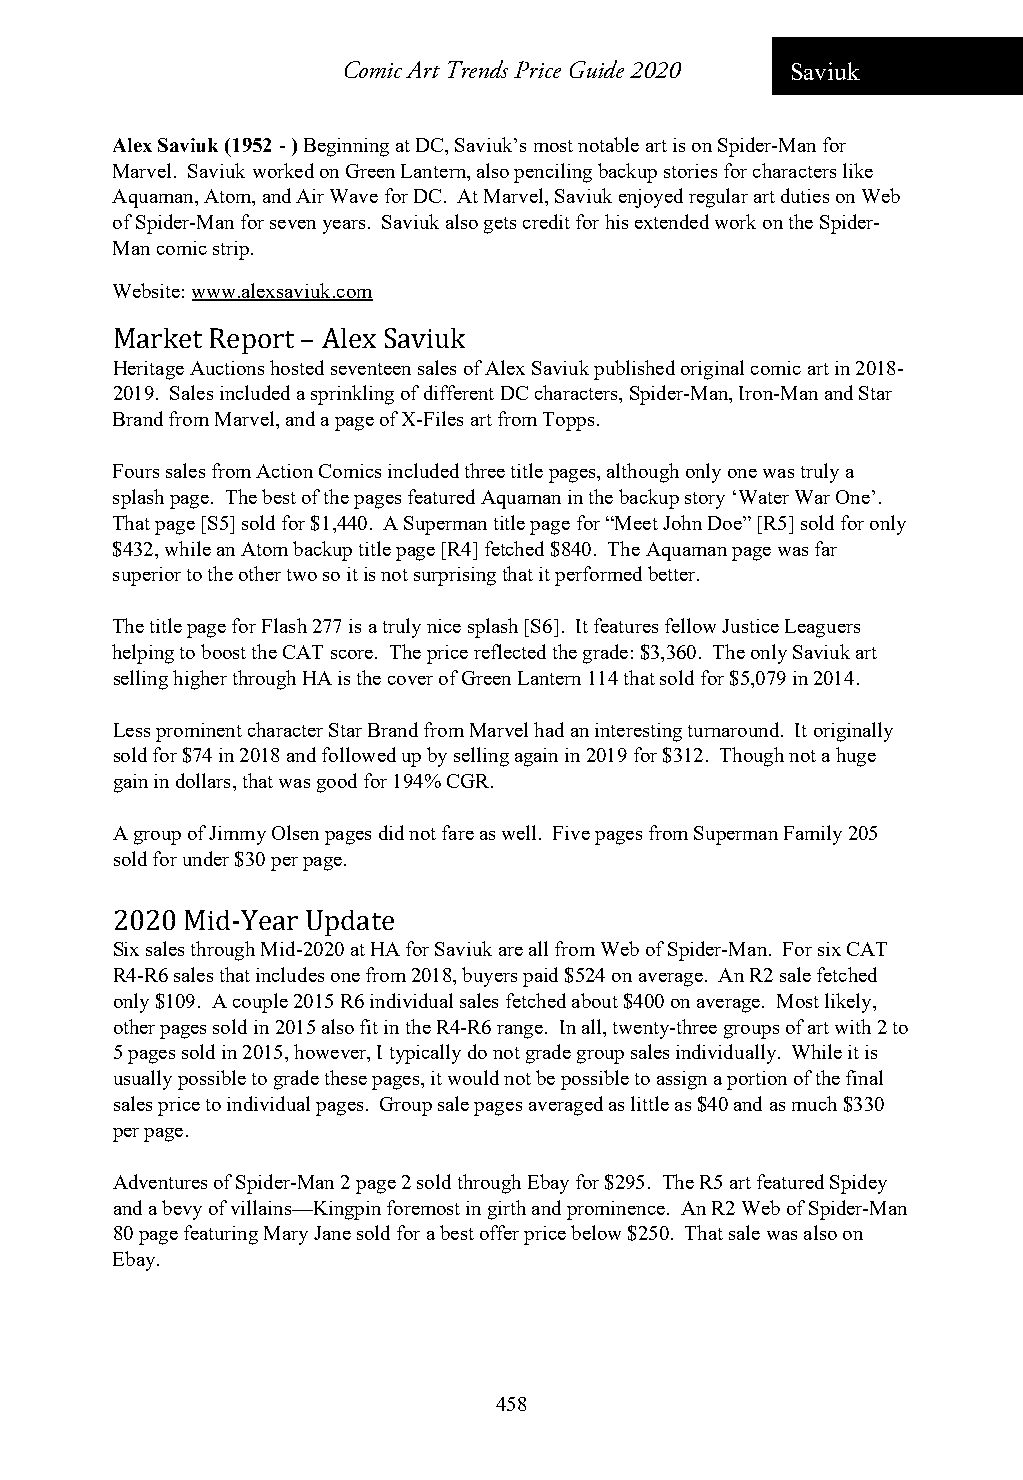
Comic Art Trends Price Guide 2020 Saviuk
 Alex Saviuk (1952 - ) Beginning at DC, Saviuk’s most notable art is on Spider-Man for
 Marvel. Saviuk worked on Green Lantern, also penciling backup stories for characters like
 Aquaman, Atom, and Air Wave for DC. At Marvel, Saviuk enjoyed regular art duties on Web
 of Spider-Man for seven years. Saviuk also gets credit for his extended work on the Spider-
 Man comic strip.
 Website: www.alexsaviuk.com
 Market Report – Alex Saviuk
 Heritage Auctions hosted seventeen sales of Alex Saviuk published original comic art in 2018-
 2019. Sales included a sprinkling of different DC characters, Spider-Man, Iron-Man and Star
 Brand from Marvel, and a page of X-Files art from Topps.
 Fours sales from Action Comics included three title pages, although only one was truly a
 splash page. The best of the pages featured Aquaman in the backup story ‘Water War One’.
 That page [S5] sold for $1,440. A Superman title page for “Meet John Doe” [R5] sold for only
 $432, while an Atom backup title page [R4] fetched $840. The Aquaman page was far
 superior to the other two so it is not surprising that it performed better.
 The title page for Flash 277 is a truly nice splash [S6]. It features fellow Justice Leaguers
 helping to boost the CAT score. The price reflected the grade: $3,360. The only Saviuk art
 selling higher through HA is the cover of Green Lantern 114 that sold for $5,079 in 2014.
 Less prominent character Star Brand from Marvel had an interesting turnaround. It originally
 sold for $74 in 2018 and followed up by selling again in 2019 for $312. Though not a huge
 gain in dollars, that was good for 194% CGR.
 A group of Jimmy Olsen pages did not fare as well. Five pages from Superman Family 205
 sold for under $30 per page.
 2020 Mid-Year Update
 Six sales through Mid-2020 at HA for Saviuk are all from Web of Spider-Man. For six CAT
 R4-R6 sales that includes one from 2018, buyers paid $524 on average. An R2 sale fetched
 only $109. A couple 2015 R6 individual sales fetched about $400 on average. Most likely,
 other pages sold in 2015 also fit in the R4-R6 range. In all, twenty-three groups of art with 2 to
 5 pages sold in 2015, however, I typically do not grade group sales individually. While it is
 usually possible to grade these pages, it would not be possible to assign a portion of the final
 sales price to individual pages. Group sale pages averaged as little as $40 and as much $330
 per page.
 Adventures of Spider-Man 2 page 2 sold through Ebay for $295. The R5 art featured Spidey
 and a bevy of villains—Kingpin foremost in girth and prominence. An R2 Web of Spider-Man
 80 page featuring Mary Jane sold for a best offer price below $250. That sale was also on
 Ebay.
 458